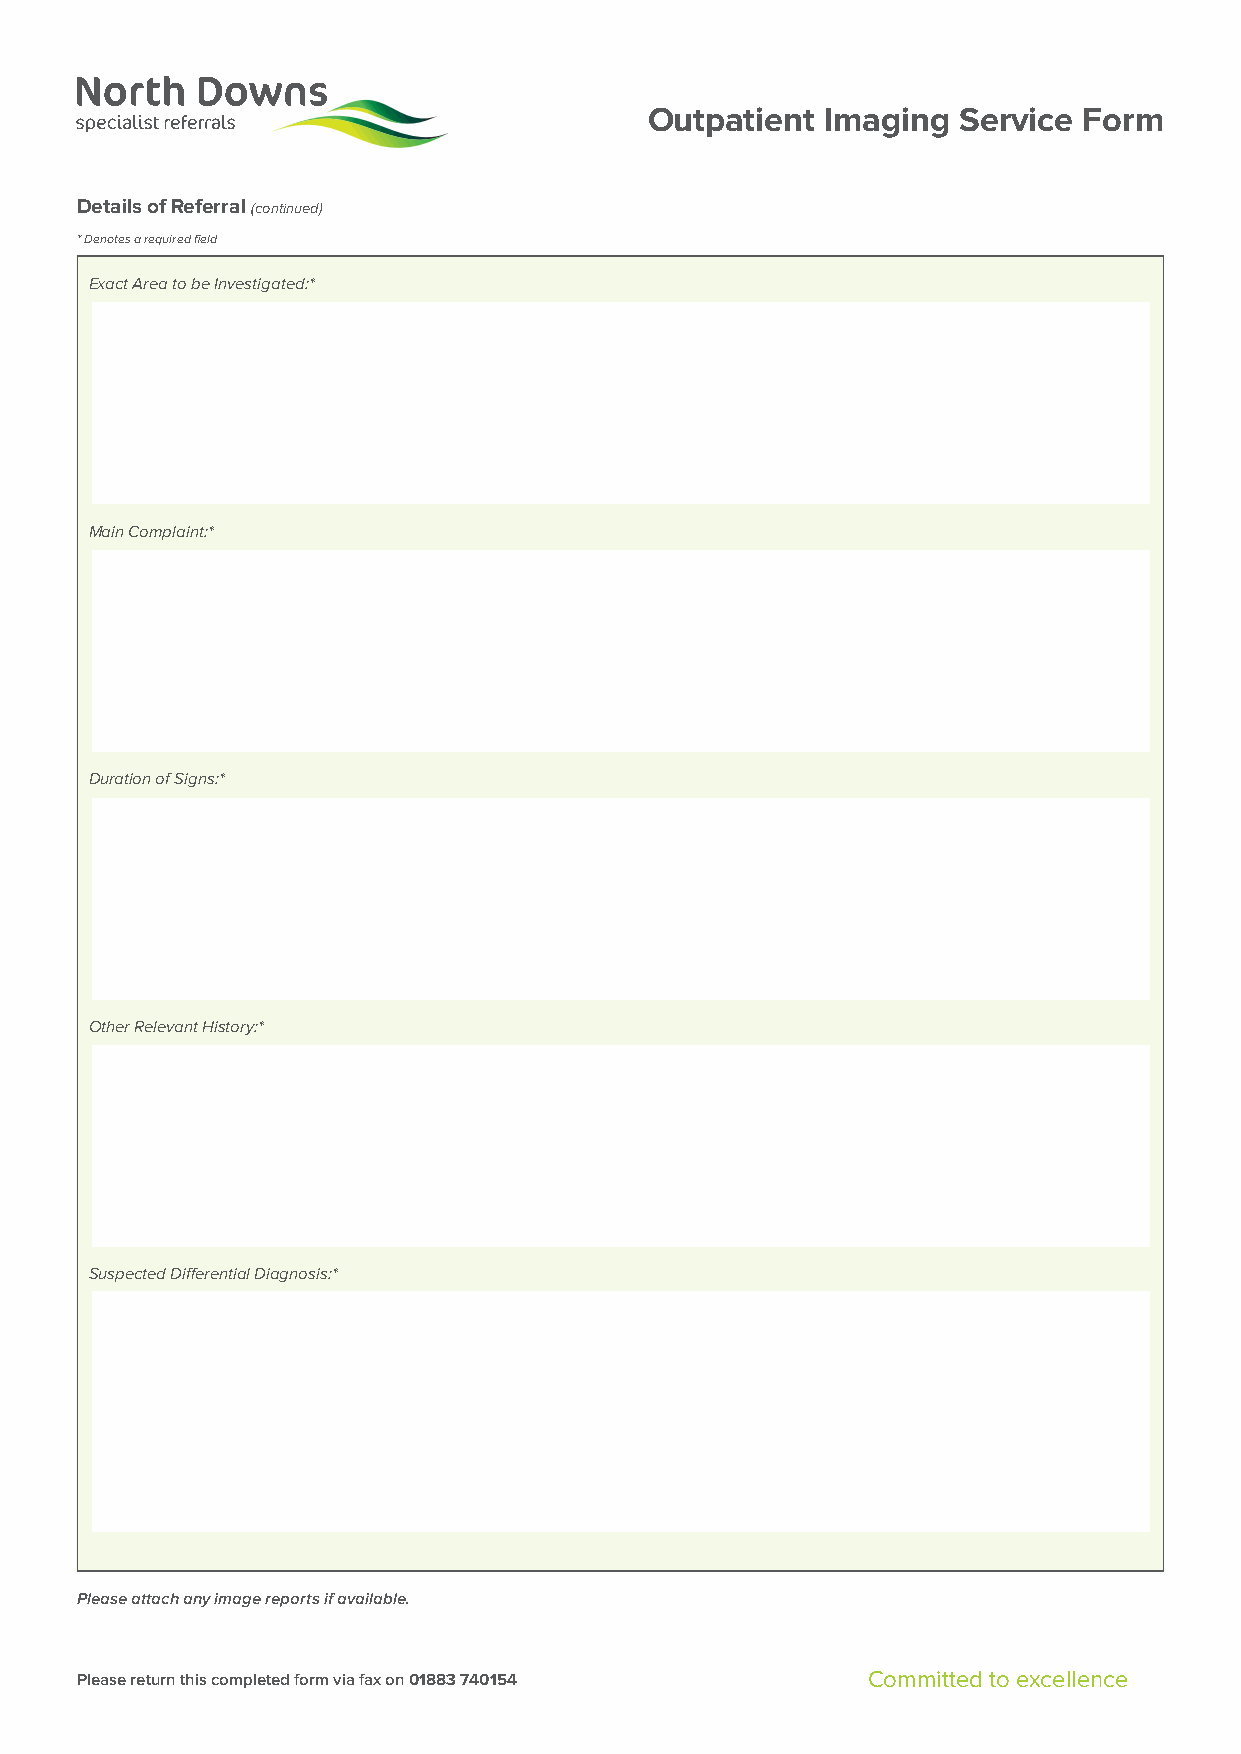
Outpatient  Imaging Service  Form
 Details of Referral (continued)
 * Denotes a required field
 Exact Area to be Investigated:*
 Main Complaint:*
 Duration of Signs:*
 Other Relevant History:*
 Suspected Differential Diagnosis:*
 Please attach any image reports if available.
 Please return this completed form via fax on 01883 740154 Committed to excellence